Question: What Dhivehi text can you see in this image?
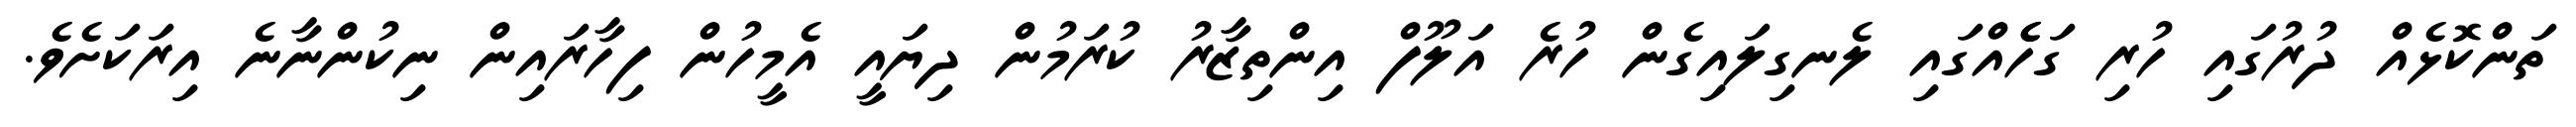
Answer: ތަންކޮޅެއް ދުރުގައި ހުރި ގަހެެއްގައި ލެނގިލައިގެން ހުރެ އަލޫފް އިންތިޒާރު ކުރަމުން ދިޔައީ އެމީހުން ފިހާރައިން ނިކުންނާނެ އިރަކަށެވެ.